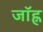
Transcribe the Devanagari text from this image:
जॉह्न